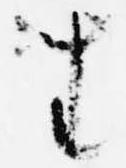
坐